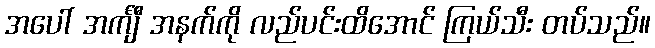
အပေါ် အင်္ကျီ အနက်ကို လည်ပင်းထိအောင် ကြယ်သီး တပ်သည်။